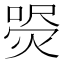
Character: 𤋚